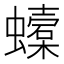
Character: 𧓜